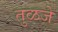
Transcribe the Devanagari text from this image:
तुळजे